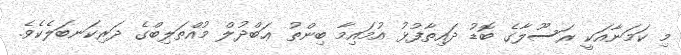
މި ކަމަނާއަކީ ރަސޫލާގެ ބޮޑު ދައިތާފުޅު އުމައިމާ ބިންތު ޢަބްދުލް މުއްޠަލިބްގެ ދަރިކަނބަލެކެވެ.